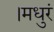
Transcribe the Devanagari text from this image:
।मधुरं